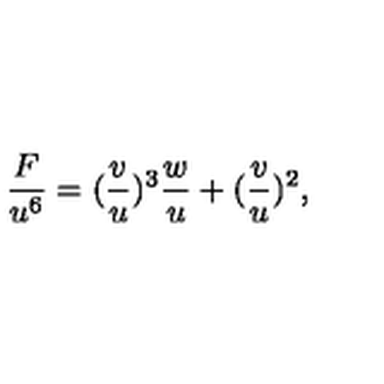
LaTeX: \frac { F } { u ^ { 6 } } = ( \frac { v } { u } ) ^ { 3 } \frac { w } { u } + ( \frac { v } { u } ) ^ { 2 } ,